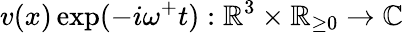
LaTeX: v(x)\exp(-i\omega^{+}t):\mathbb{R}^{3}\times\mathbb{R}_{\geq 0}\rightarrow\mathbb{C}